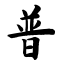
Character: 普